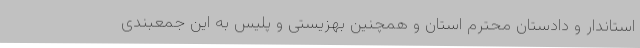
استاندار و دادستان محترم استان و همچنین بهزیستی و پلیس به این جمعبندی